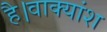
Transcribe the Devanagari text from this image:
है।वाक्यांश